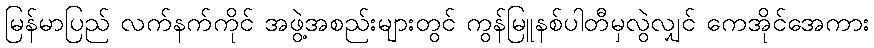
မြန်မာပြည် လက်နက်ကိုင် အဖွဲ့အစည်းများတွင် ကွန်မြူနစ်ပါတီမှလွဲလျှင် ကေအိုင်အေကား